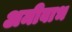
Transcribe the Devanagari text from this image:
अमीबाभ